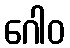
ဂေါဝ